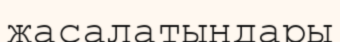
жасалатындары